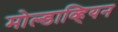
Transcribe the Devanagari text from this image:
मोल्डाव्हियन